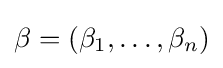
\beta =(\beta _{1},\ldots ,\beta _{n})